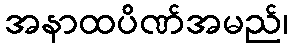
အနာထပိဏ်အမည်၊